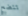
تتضح